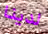
لدينا